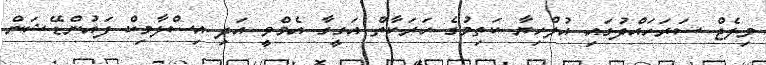
ވިލެޖް ސަރަހައްދުގައި އުލްހިޔާ ކަތިމުގެ ހަރަކާތް އަގީގާ އެމްވީ އަދި އިސްލާމިކް ފައުންޑޭޝަން